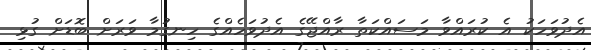
އެދުވަހަކު އެ ކުރައްވާ މަސައްކަތާ ރާއްޖޭގެ އެދުވަހެއްގެ ހިނގުމާ ވަރަށް ބޮޑަށް ގުޅި